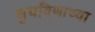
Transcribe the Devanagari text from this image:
सुचविणाच्या